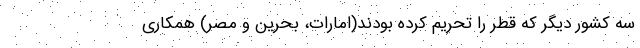
سه کشور دیگر که قطر را تحریم کرده بودند(امارات، بحرین و مصر) همکاری